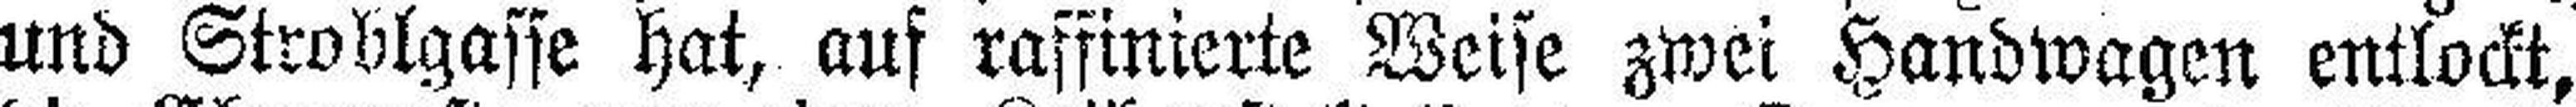
und Stroblgasse hat, auf raffinierte Weise zwei Handwagen entlockt,